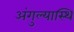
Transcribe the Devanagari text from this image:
अंगुल्यास्थि